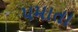
પમાતા